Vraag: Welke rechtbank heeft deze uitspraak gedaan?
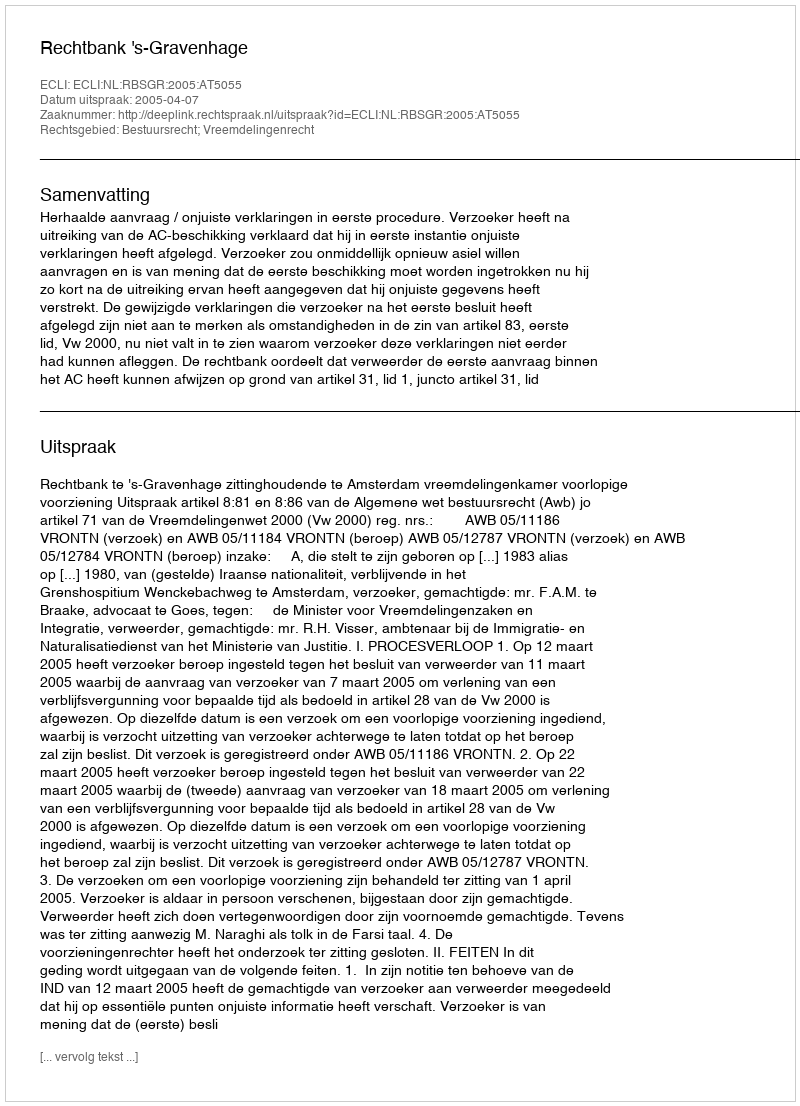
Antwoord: Rechtbank 's-Gravenhage